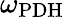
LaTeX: \omega_{\mathrm{PDH}}